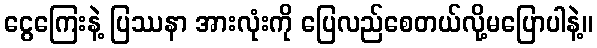
ငွေကြေးနဲ့ ပြဿနာ အားလုံးကို ပြေလည်စေတယ်လို့မပြောပါနဲ့။